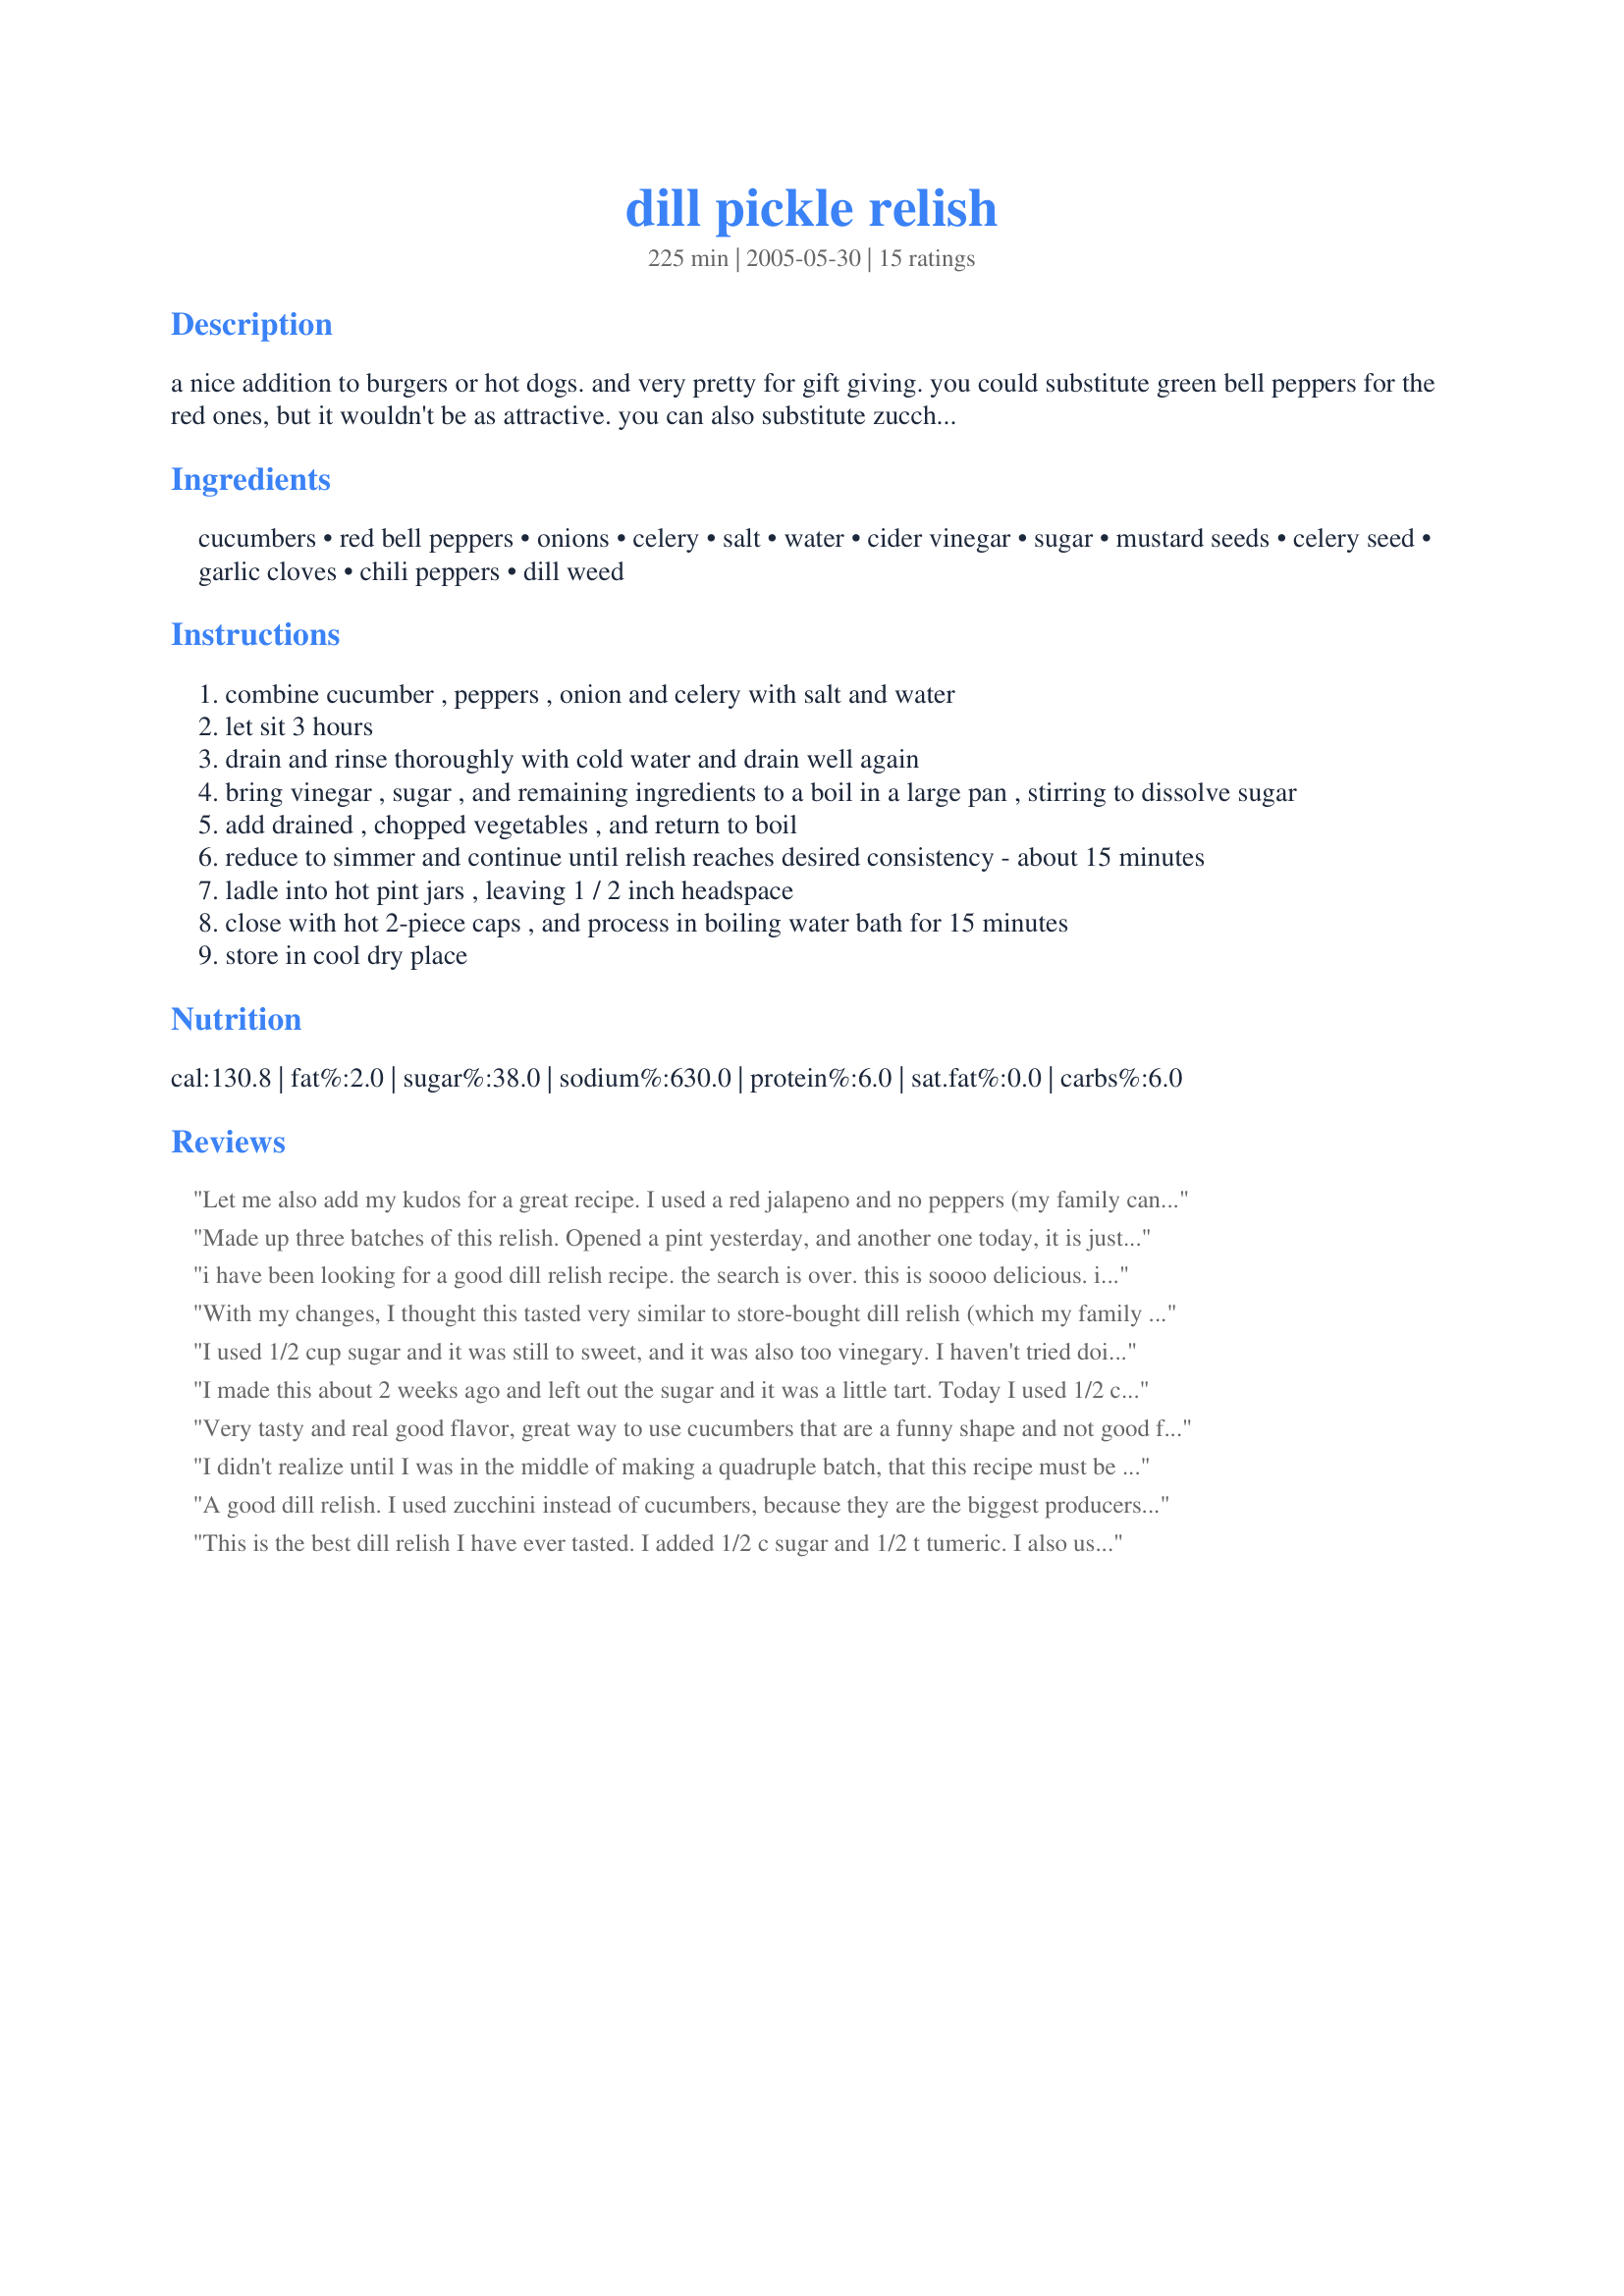
dill pickle relish
Preparation time: 225 minutes

a nice addition to burgers or hot dogs. and very pretty for gift giving. you could substitute green bell peppers for the red ones, but it wouldn't be as attractive. you can also substitute zucchini for part of the cucumbers if desired.

Ingredients:
cucumbers, red bell peppers, onions, celery, salt, water, cider vinegar, sugar, mustard seeds, celery seed, garlic cloves, chili peppers, dill weed

Steps:
combine cucumber , peppers , onion and celery with salt and water
let sit 3 hours
drain and rinse thoroughly with cold water and drain well again
bring vinegar , sugar , and remaining ingredients to a boil in a large pan , stirring to dissolve sugar
add drained , chopped vegetables , and return to boil
reduce to simmer and continue until relish reaches desired consistency - about 15 minutes
ladle into hot pint jars , leaving 1 / 2 inch headspace
close with hot 2-piece caps , and process in boiling water bath for 15 minutes
store in cool dry place

Reviews:
Let me also add my kudos for a great recipe. I used a red jalapeno and no peppers (my family can't eat green peppers). We loved it and have been putting it on everything. Thanks for sharing.
Made up three batches of this relish. Opened a pint yesterday, and another one today, it is just that darned good. Thank You for sharing this wonderful recipe.
i have been looking for a good dill relish recipe. the search is over. this is soooo delicious. i did not have red bells, so i substituted green and added a jar of minced pimientos for color. i doubled the recipe and turned out fine. this recipe will be a staple for my summer canning. thanks!!!
With my changes, I thought this tasted very similar to store-bought dill relish (which my family loves). I used all zucchini instead of cucumber, white vinegar instead of cider vinegar, 1/2 cup sugar, not so many mustard seeds and no chili peppers. We love it so much, I am making and canning more this weekend!
I used 1/2 cup sugar and it was still to sweet, and it was also too vinegary. I haven't tried doing this yet, but I would recommend trying 1/3 cup sugar, 3 cups vinegar, and 1 cup water.
I made this about 2 weeks ago and left out the sugar and it was a little tart. Today I used 1/2 cup sugar and 2 red jalapenos (minus the veins and seeds) and I have to say it is very good - great recipe and I'll use it from here on out.
Very tasty and real good flavor, great way to use cucumbers that are a funny shape and not good for pickles. I decreased the sugar to 2/3 cup and it tasted great.
I didn't realize until I was in the middle of making a quadruple batch, that this recipe must be calling for fresh dill weed and NOT dried dill weed. I wish the recipe had been more clear as I now have a huge amount of relish that has way too much dill in it! Thankfully I realized it before I put in a full 2 cups of dill weed, but I still got too much in it. I probably won't try this again.
A good dill relish. I used zucchini instead of cucumbers, because they are the biggest producers right now. I reduced the sugar to 2 tablespoons and added 2 tbls cornstarch to thicken slightly. I may have reduced the sugar too much, because it's slightly astringent, but that may mellow over time. Thanks for sharing this easy and tasty relish.
This is the best dill relish I have ever tasted. I added 1/2 c sugar and 1/2 t tumeric. I also used mixed color peppers, red, yellow, & orange. It was extemely easy. I am on my 2nd batch already, because we've eaten so much of the 1st batch. Great served over cream cheese and eaten with crackers! Thanks for sharing.
The best dill relish I have ever tasted. All of the flavors meld together and then pop!

I did reduce the sugar and used zucchini instead of cucumber (had some left over from making a sweet zucchini relish).
Our Family Loves this relish. It is better than what you get at the store. You can even use the overload of cucumbers and zucchini. Thanks for sharing. This is our third year for using it!
This stuff is great, my whole family cant seem to get enough
This was good but not as good as Bernardin's recipe.
It taste good, but not like the dill relish you buy in the store. This relish taste more like bread and butter pickles to me.
